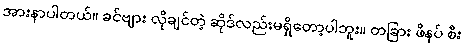
အားနာပါတယ်။ ခင်ဗျား လိုချင်တဲ့ ဆိုဒ်လည်းမရှိတော့ပါဘူး။ တခြား ဖိနပ် စီး